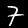
Digit: 7